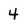
Character: 4